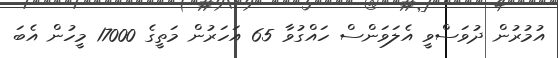
އުމުރުން ދުވަސްވީ އެލަވަންސް ހައްގުވާ 65 އަހަރުން މަތީގެ 17000 މީހުން އެބަ